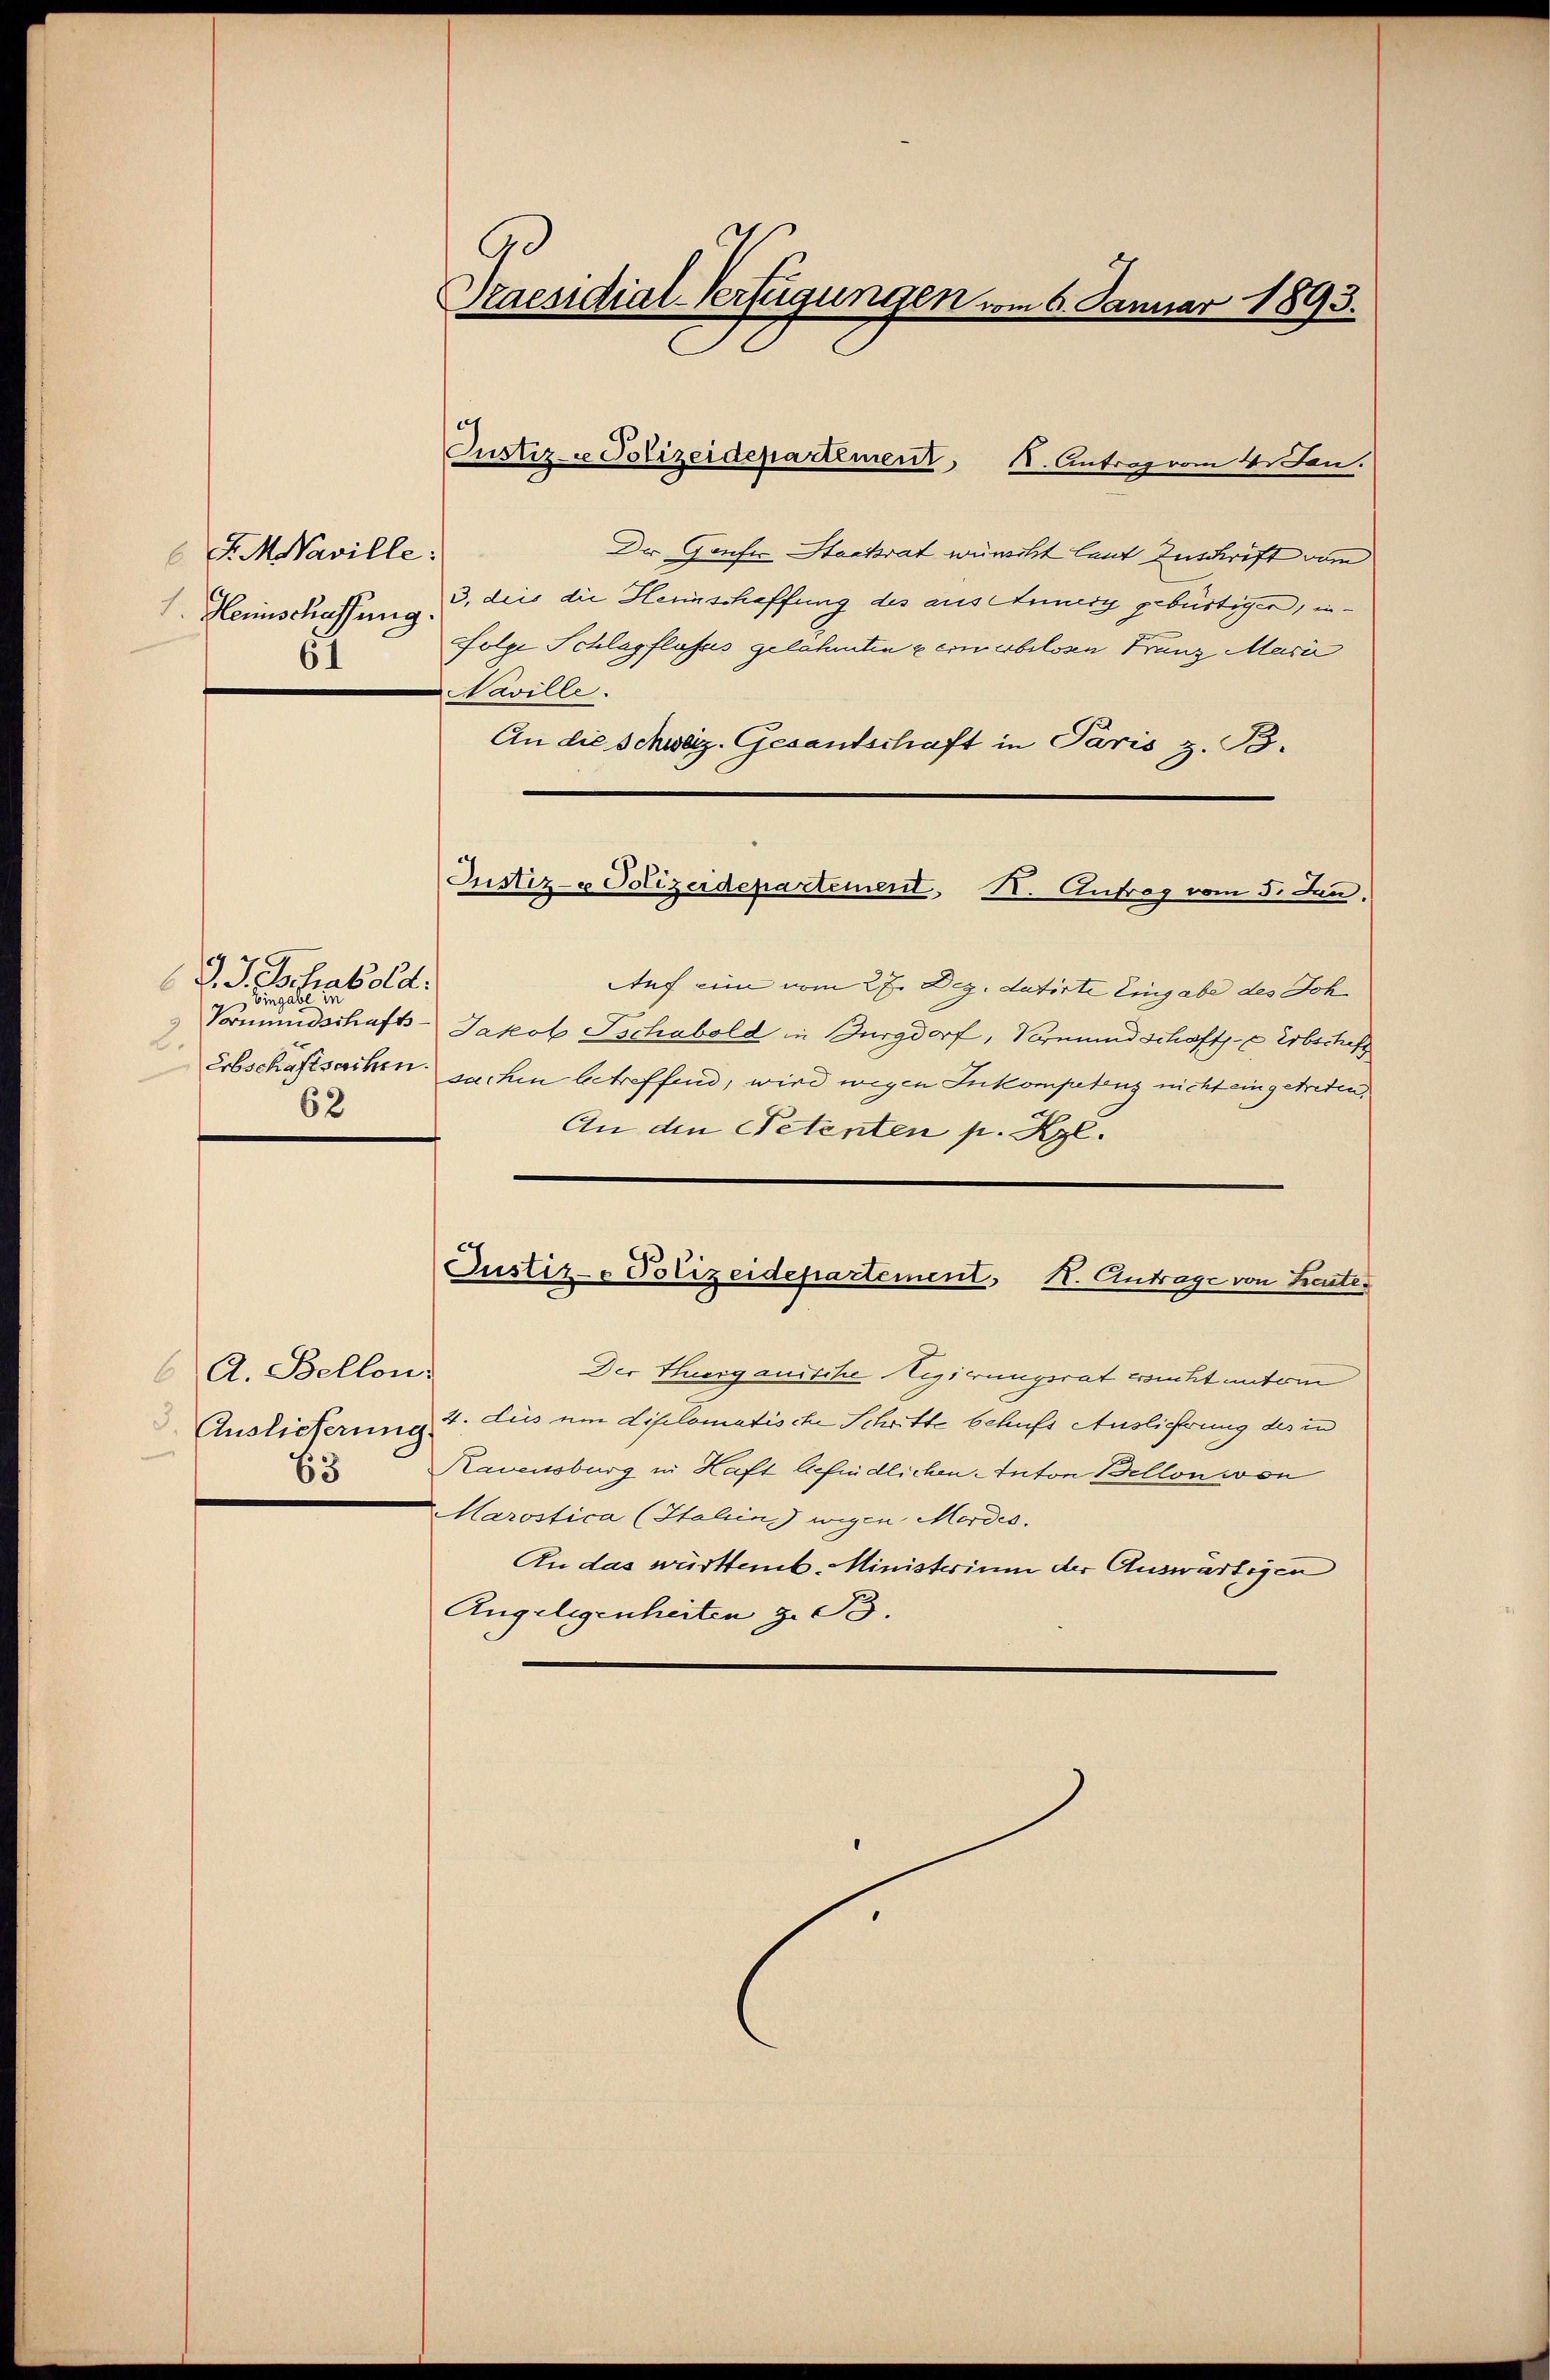
F. Naville
1. Herinschaffung
61

J. J. Schabold.
Eingabe in
Vormundschafts-
2.
Erbschaftsachen.
62

A. Bellen
Auslieferung
63

d
zaesidial-Verfügungen vom 6. Januar 1893.

Justiz- u Polizeidepartement N. Antrag vom 5. Jan.

Justiz- & Polizeidepartement, 1. Antrag vom 4. Jan.
Der Genfer Stackrat wünscht laut Zuschrift vom
3, dies die Heinschaffung des aus Anneig gebürtiger, in¬
Folge Schlagflafes gelehnten gernerbessen Franz Marie
Naville.
An die Schweiz. Gesandtschaft in Paris z. B.
Auf eine vom 27. Dez. datirte Eingabe des Joh
Jakob Tschabold in Burgdorf, Vormundschafts- u Erbschaft
sachen betreffend, wird wegen Inkompetenz nicht eingetreten,
An den Petenten p. Kgl.
Custiz- & Polizeidepartement, I. Antrage von Leute,
Der Herganische Regierungsrat wicht unter
4. Jus um Liselomatische Schritte behufs Auslicherung des in
Ravensburg in Haft befindlichen-Inton Bellon von
Harostica (Italien) wegen Mordes
An das württemb. Ministerium der Auswärtigen
Angelegenheiten z. B.